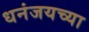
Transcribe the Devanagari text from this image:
धनंजयच्या